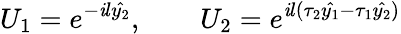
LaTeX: U_{1}=e^{-\mathit{i}l\hat{{y_{2}}}},~~~~~~~~U_{2}=e^{\mathit{i}l(\tau_{2}\hat{{y_{1}}}-\tau_{1}\hat{{y_{2}}})}